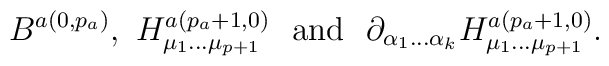
B^{a (0,p_a)}, \ H^{a (p_a+1,0)}_{\mu_1\ldots\mu_{p+1}}\hbox{\ \ and\ \ }\partial_{\alpha_1\ldots\alpha_{k}} H^{a (p_a+1,0)}_{\mu_1\ldots\mu_{p+1}}.